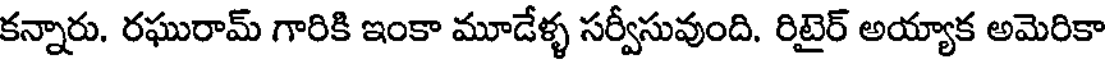
కన్నారు. రఘురామ్ గారికి ఇంకా మూడేళ్ళ సర్వీసువుంది. రిటైర్ అయ్యాక అమెరికా